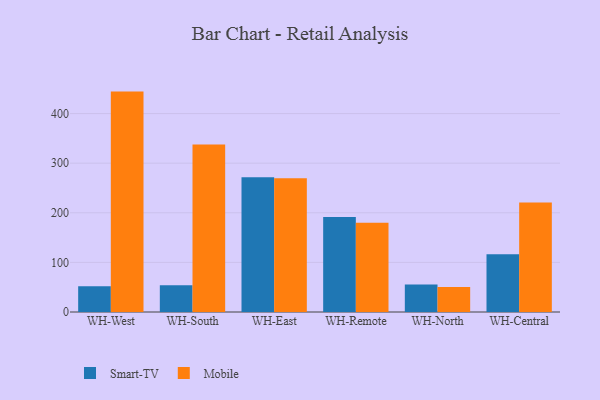
{"axis": {"x": "Warehouse", "y": "Tickets Resolved"}, "legend": ["Mobile", "Smart-TV"], "data": [{"x": "WH-West", "y": 51.9, "type": "Smart-TV"}, {"x": "WH-West", "y": 444.3, "type": "Mobile"}, {"x": "WH-South", "y": 54.0, "type": "Smart-TV"}, {"x": "WH-South", "y": 337.7, "type": "Mobile"}, {"x": "WH-East", "y": 271.7, "type": "Smart-TV"}, {"x": "WH-East", "y": 269.8, "type": "Mobile"}, {"x": "WH-Remote", "y": 191.6, "type": "Smart-TV"}, {"x": "WH-Remote", "y": 179.7, "type": "Mobile"}, {"x": "WH-North", "y": 55.6, "type": "Smart-TV"}, {"x": "WH-North", "y": 50.2, "type": "Mobile"}, {"x": "WH-Central", "y": 116.4, "type": "Smart-TV"}, {"x": "WH-Central", "y": 220.7, "type": "Mobile"}]}